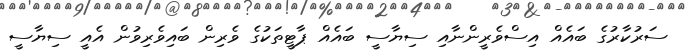
ސަރުކާރުގެ ބައެއް އިސްވެރީންނާއި ސިޔާސީ ބައެއް ޕާޓީތަކުގެ ވެރިން ބައިވެރިވުން އެއީ ސިޔާސީ